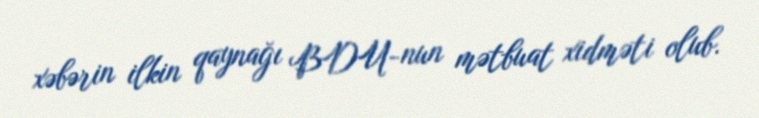
xəbərin ilkin qaynağı BDU-nun mətbuat xidməti olub.